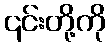
၎င်းတို့ကို